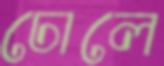
ঢোলে